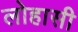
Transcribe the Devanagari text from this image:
लोहासी